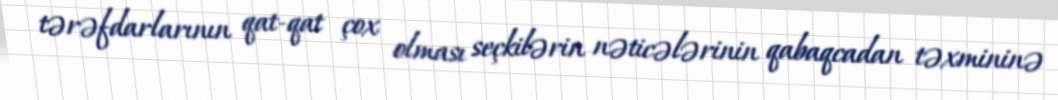
tərəfdarlarının qat-qat çox olması seçkilərin nəticələrinin qabaqcadan təxmininə